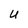
Character: U